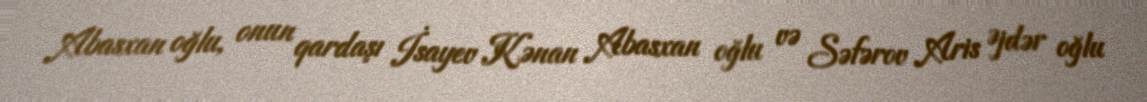
Abasxan oğlu, onun qardaşı İsayev Kənan Abasxan oğlu və Səfərov Aris Əjdər oğlu